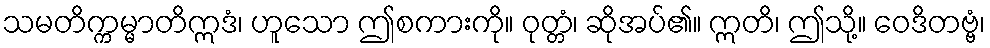
သမတိက္ကမ္မာတိဣဒံ၊ ဟူသော ဤစကားကို။ ဝုတ္တံ၊ ဆိုအပ်၏။ ဣတိ၊ ဤသို့။ ဝေဒိတဗ္ဗံ၊